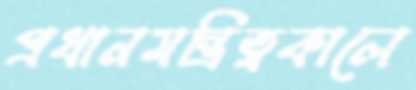
প্রধানমন্ত্রিত্বকালে